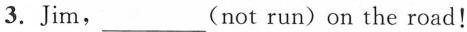
3.Jim,___(not run)on the road!